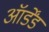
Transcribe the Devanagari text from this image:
ऑर्डेंड